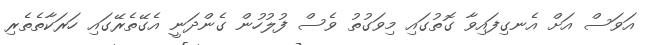
އަވަސް އަށް އެނގިފައިވާ ގޮތުގައި މިވަގުތު ވެސް ފުލުހުން ގެންދަނީ އެގޭތެރޭގައި ހަރަކާތެތެރި